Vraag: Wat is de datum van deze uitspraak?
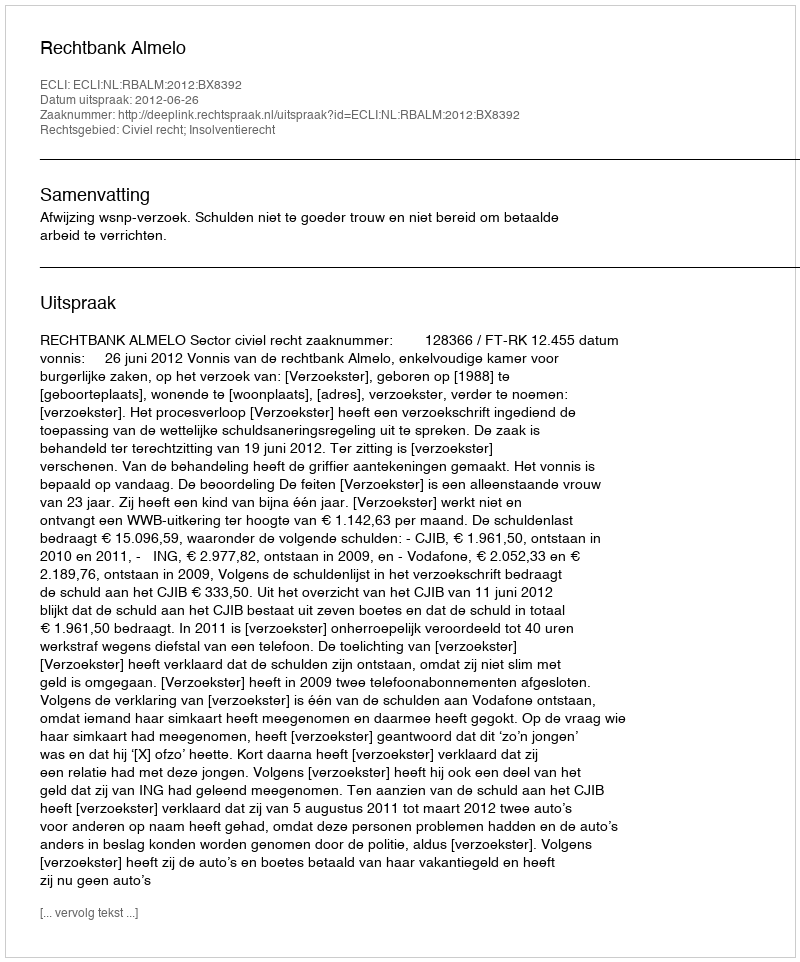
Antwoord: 2012-06-26